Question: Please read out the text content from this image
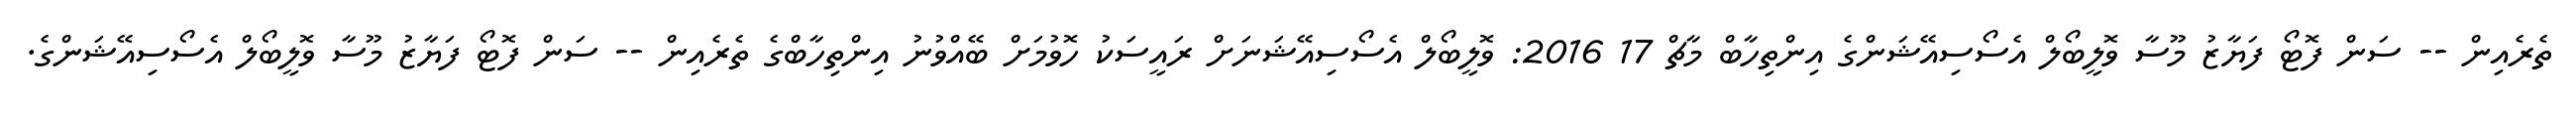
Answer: ތެރެއިން -- ސަން ފޮޓޯ ފަޔާޒު މޫސާ ވޮލީބޯލް އެސޯސިއޭޝަންގެ އިންތިހާބް މާޗް 17 2016: ވޮލީބޯލް އެސޯސިއޭޝަނަށް ރައީސަކު ހޮވުމަށް ބޭއްވުނު އިންތިހާބްގެ ތެރެއިން -- ސަން ފޮޓޯ ފަޔާޒު މޫސާ ވޮލީބޯލް އެސޯސިއޭޝަންގެ.